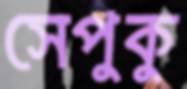
সেপুকু